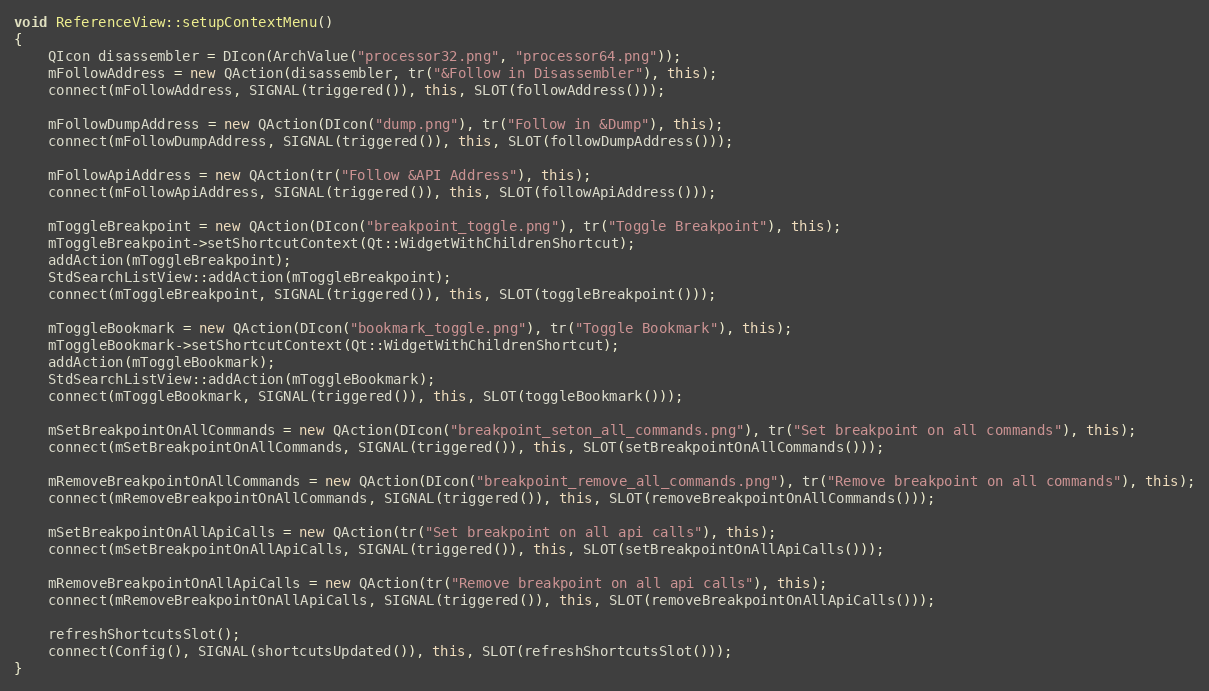
Language: C++
void ReferenceView::setupContextMenu()
{
    QIcon disassembler = DIcon(ArchValue("processor32.png", "processor64.png"));
    mFollowAddress = new QAction(disassembler, tr("&Follow in Disassembler"), this);
    connect(mFollowAddress, SIGNAL(triggered()), this, SLOT(followAddress()));

    mFollowDumpAddress = new QAction(DIcon("dump.png"), tr("Follow in &Dump"), this);
    connect(mFollowDumpAddress, SIGNAL(triggered()), this, SLOT(followDumpAddress()));

    mFollowApiAddress = new QAction(tr("Follow &API Address"), this);
    connect(mFollowApiAddress, SIGNAL(triggered()), this, SLOT(followApiAddress()));

    mToggleBreakpoint = new QAction(DIcon("breakpoint_toggle.png"), tr("Toggle Breakpoint"), this);
    mToggleBreakpoint->setShortcutContext(Qt::WidgetWithChildrenShortcut);
    addAction(mToggleBreakpoint);
    StdSearchListView::addAction(mToggleBreakpoint);
    connect(mToggleBreakpoint, SIGNAL(triggered()), this, SLOT(toggleBreakpoint()));

    mToggleBookmark = new QAction(DIcon("bookmark_toggle.png"), tr("Toggle Bookmark"), this);
    mToggleBookmark->setShortcutContext(Qt::WidgetWithChildrenShortcut);
    addAction(mToggleBookmark);
    StdSearchListView::addAction(mToggleBookmark);
    connect(mToggleBookmark, SIGNAL(triggered()), this, SLOT(toggleBookmark()));

    mSetBreakpointOnAllCommands = new QAction(DIcon("breakpoint_seton_all_commands.png"), tr("Set breakpoint on all commands"), this);
    connect(mSetBreakpointOnAllCommands, SIGNAL(triggered()), this, SLOT(setBreakpointOnAllCommands()));

    mRemoveBreakpointOnAllCommands = new QAction(DIcon("breakpoint_remove_all_commands.png"), tr("Remove breakpoint on all commands"), this);
    connect(mRemoveBreakpointOnAllCommands, SIGNAL(triggered()), this, SLOT(removeBreakpointOnAllCommands()));

    mSetBreakpointOnAllApiCalls = new QAction(tr("Set breakpoint on all api calls"), this);
    connect(mSetBreakpointOnAllApiCalls, SIGNAL(triggered()), this, SLOT(setBreakpointOnAllApiCalls()));

    mRemoveBreakpointOnAllApiCalls = new QAction(tr("Remove breakpoint on all api calls"), this);
    connect(mRemoveBreakpointOnAllApiCalls, SIGNAL(triggered()), this, SLOT(removeBreakpointOnAllApiCalls()));

    refreshShortcutsSlot();
    connect(Config(), SIGNAL(shortcutsUpdated()), this, SLOT(refreshShortcutsSlot()));
}